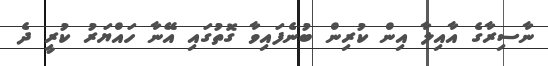
ނާސިރާގެ އާއިލާ އިން ކުރިން ބުނެފައިވާ ގޮތުގައި އޭނާ ހައްޔަރު ކުރީ ދެ